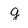
Character: g